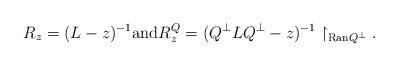
LaTeX: \begin{align*}R_z=(L-z)^{-1}\mbox{and}R_z^{Q}= (Q^\perp L Q^\perp-z)^{-1}\upharpoonright_{{\rm Ran} Q^\perp} . \end{align*}